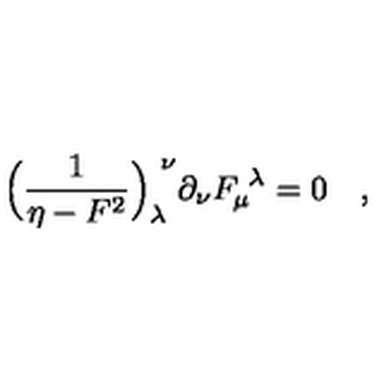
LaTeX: \Bigl ( { \frac { 1 } { \eta - F ^ { 2 } } } \Bigr ) _ { \lambda } ^ { \ \nu } \partial _ { \nu } F _ { \mu } ^ { \ \lambda } = 0 \quad ,